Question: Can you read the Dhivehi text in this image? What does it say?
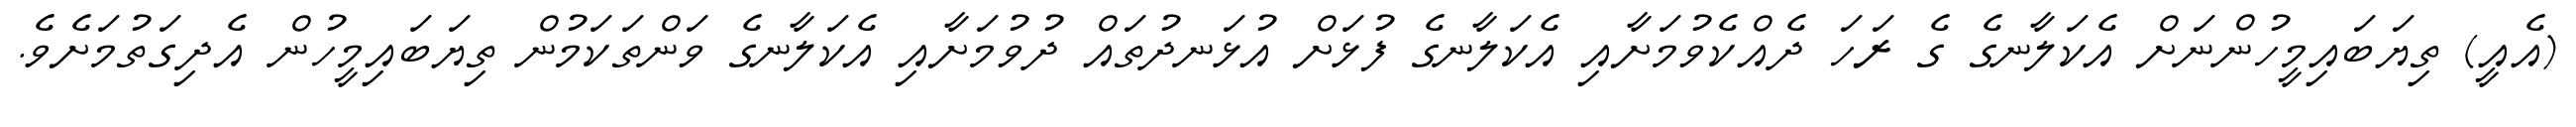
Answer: (އެއީ) ތިޔަބައިމީހުންނަށް އެކަލާނގެ ގެ ރަހަ ދެއްކެވުމަށާއި އެކަލާނގެ ފުޅަށް އުޅަނދުތައް ދުވުމަށާއި އެކަލާނގެ ވަންތަކަމުން ތިޔަބައިމީހުން އެދިގަތުމަށެވެ.